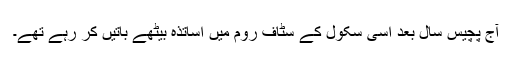
آج پچیس سال بعد اسی سکول کے سٹاف روم میں اساتذہ بیٹھے باتیں کر رہے تھے۔